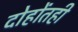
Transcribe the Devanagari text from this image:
दोहोंतही